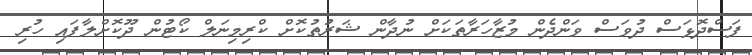
ފަސްދޮޅަސް ދުވަސް ވަންދެން މުޒާހަރާތަކަށް ނުދާން ޝަރުތުކޮށް ކްރިމިނަލް ކޯޓުން ދޫކޮށްލާފައި ހުރި